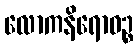
လောကနိရောဓဉ္စ